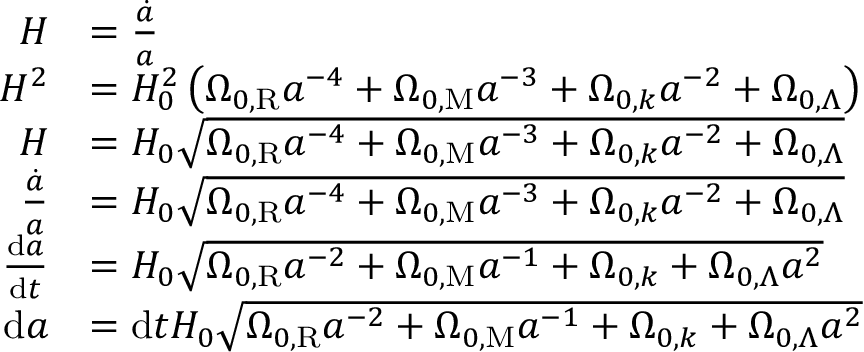
{ \begin{array} { r l } { H } & { = { \frac { \dot { a } } { a } } } \\ { H ^ { 2 } } & { = H _ { 0 } ^ { 2 } \left( \Omega _ { 0 , \mathrm { R } } a ^ { - 4 } + \Omega _ { 0 , \mathrm { M } } a ^ { - 3 } + \Omega _ { 0 , k } a ^ { - 2 } + \Omega _ { 0 , \Lambda } \right) } \\ { H } & { = H _ { 0 } { \sqrt { \Omega _ { 0 , \mathrm { R } } a ^ { - 4 } + \Omega _ { 0 , \mathrm { M } } a ^ { - 3 } + \Omega _ { 0 , k } a ^ { - 2 } + \Omega _ { 0 , \Lambda } } } } \\ { { \frac { \dot { a } } { a } } } & { = H _ { 0 } { \sqrt { \Omega _ { 0 , \mathrm { R } } a ^ { - 4 } + \Omega _ { 0 , \mathrm { M } } a ^ { - 3 } + \Omega _ { 0 , k } a ^ { - 2 } + \Omega _ { 0 , \Lambda } } } } \\ { { \frac { \mathrm { d } a } { \mathrm { d } t } } } & { = H _ { 0 } { \sqrt { \Omega _ { 0 , \mathrm { R } } a ^ { - 2 } + \Omega _ { 0 , \mathrm { M } } a ^ { - 1 } + \Omega _ { 0 , k } + \Omega _ { 0 , \Lambda } a ^ { 2 } } } } \\ { \mathrm { d } a } & { = \mathrm { d } t H _ { 0 } { \sqrt { \Omega _ { 0 , \mathrm { R } } a ^ { - 2 } + \Omega _ { 0 , \mathrm { M } } a ^ { - 1 } + \Omega _ { 0 , k } + \Omega _ { 0 , \Lambda } a ^ { 2 } } } } \end{array} }